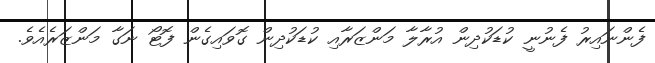
ފެންނައިރު ފެނުނީ ކުޑަކުދިން އުރާލާ މަންޒަރާއި ކުޑަކުދިން ގޮވައިގެން ފޮޓޯ ނަގާ މަންޒަރެއެވެ.